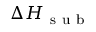
\Delta H _ { \mathrm { ~ s ~ u ~ b ~ } }